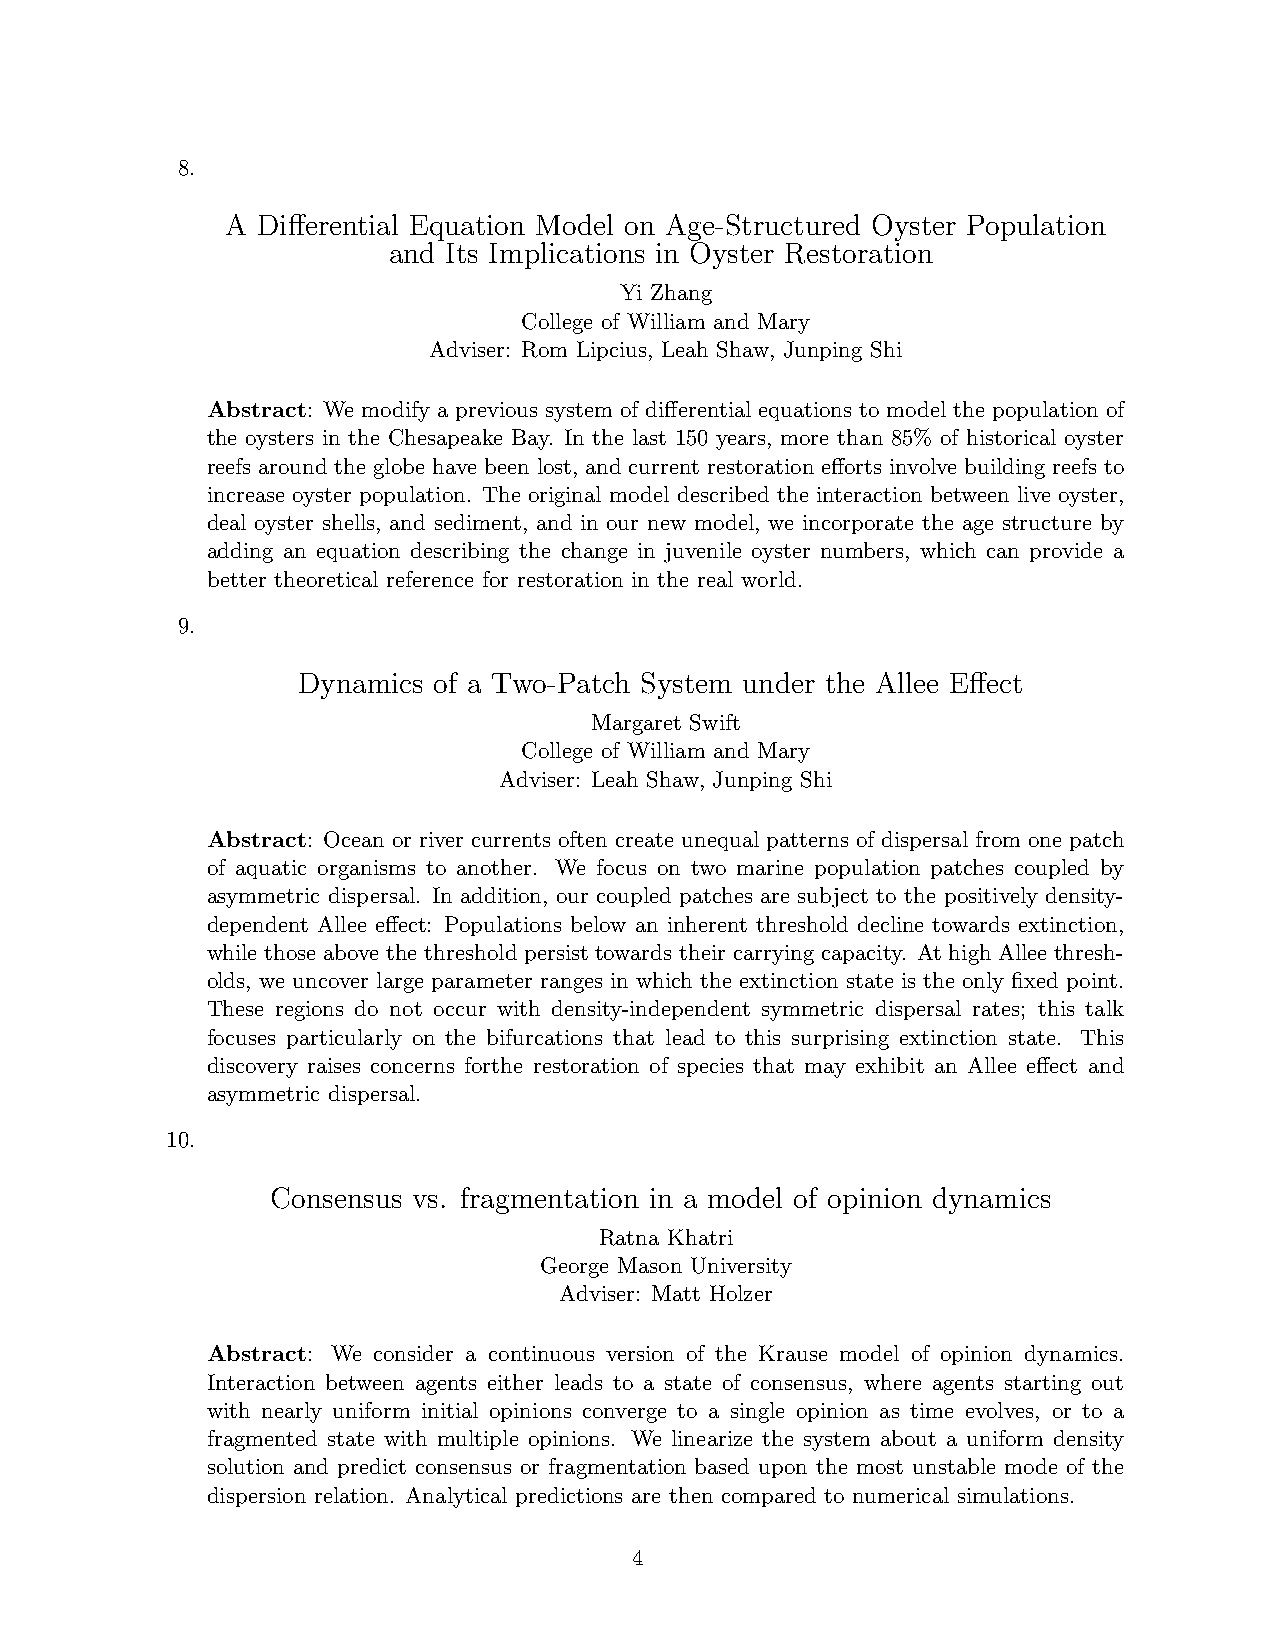
8.
 A Differential Equation Model on Age-Structured Oyster Population
 and Its Implications in Oyster Restoration
 Yi Zhang
 College of William and Mary
 Adviser: Rom Lipcius, Leah Shaw, Junping Shi
 Abstract: We modify a previous system of differential equations to model the population of
 the oysters in the Chesapeake Bay. In the last 150 years, more than 85% of historical oyster
 reefs around the globe have been lost, and current restoration efforts involve building reefs to
 increase oyster population. The original model described the interaction between live oyster,
 deal oyster shells, and sediment, and in our new model, we incorporate the age structure by
 adding an equation describing the change in juvenile oyster numbers, which can provide a
 better theoretical reference for restoration in the real world.
 9.
 Dynamics of a Two-Patch System under the Allee Effect
 Margaret Swift
 College of William and Mary
 Adviser: Leah Shaw, Junping Shi
 Abstract: Ocean or river currents often create unequal patterns of dispersal from one patch
 of aquatic organisms to another. We focus on two marine population patches coupled by
 asymmetric dispersal. In addition, our coupled patches are subject to the positively density-
 dependent Allee effect: Populations below an inherent threshold decline towards extinction,
 while those above the threshold persist towards their carrying capacity. At high Allee thresh-
 olds, we uncover large parameter ranges in which the extinction state is the only fixed point.
 These regions do not occur with density-independent symmetric dispersal rates; this talk
 focuses particularly on the bifurcations that lead to this surprising extinction state. This
 discovery raises concerns forthe restoration of species that may exhibit an Allee effect and
 asymmetric dispersal.
 10.
 Consensus vs. fragmentation in a model of opinion dynamics
 Ratna Khatri
 George Mason University
 Adviser: Matt Holzer
 Abstract: We consider a continuous version of the Krause model of opinion dynamics.
 Interaction between agents either leads to a state of consensus, where agents starting out
 with nearly uniform initial opinions converge to a single opinion as time evolves, or to a
 fragmented state with multiple opinions. We linearize the system about a uniform density
 solution and predict consensus or fragmentation based upon the most unstable mode of the
 dispersion relation. Analytical predictions are then compared to numerical simulations.
 4